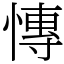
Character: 慱